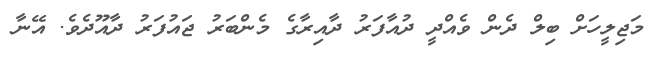
މަޖިލީހަށް ބިލް ދެން ވެއްދީ ދުއާފަރު ދާއިރާގެ މެންބަރު ޖައުފަރު ދާއޫދެވެ. އޭނާ